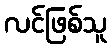
လင်ဖြစ်သူ